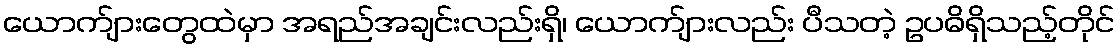
ယောက်ျားတွေထဲမှာ အရည်အချင်းလည်းရှိ၊ ယောက်ျားလည်း ပီသတဲ့ ဥပဓိရှိသည့်တိုင်